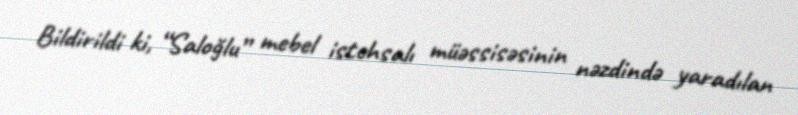
Bildirildi ki, “Saloğlu” mebel istehsalı müəssisəsinin nəzdində yaradılan